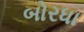
બોરધા